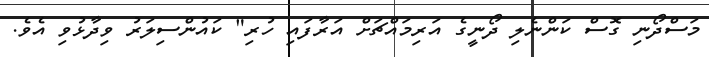
މަސްދޯނި ގޮސް ކަންނެލި ދޯނީގެ އަރިމައްޗަށް އަރާފައި ހުރި" ކައުންސިލަރު ވިދާޅުވި އެވެ.